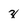
Character: z